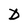
Character: D